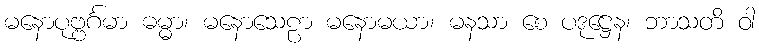
မနောပုဗ္ဗင်္ဂမာ ဓမ္မာ၊ မနောသေဠာ မနောမယာ၊ မနသာ စေ ပဒုဋ္ဌေန၊ ဘာသတိ ဝါ